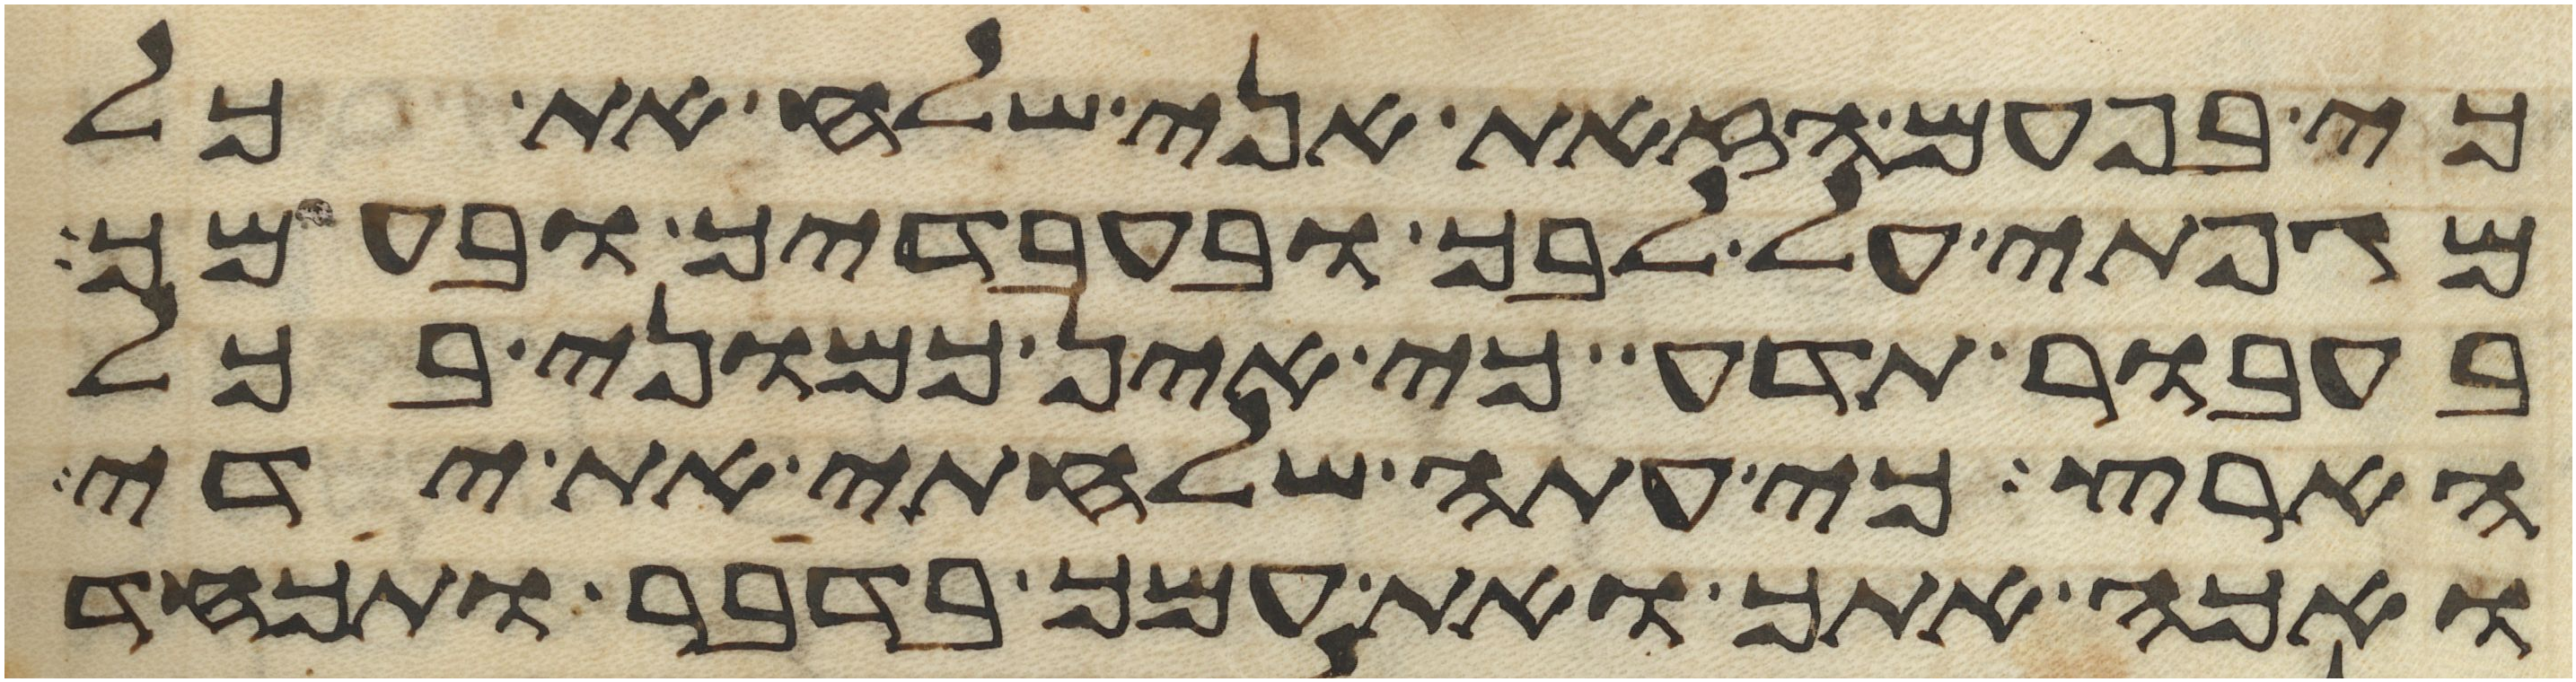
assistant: כי בפעם הזאת אני שלח את כל
מגפתי על לבך ובעבדיך ובעמך
בעבור תדע כי אין כמוני בכל
הארץ כי עתה שלחתי את ידי
ואכה אתך ואת עמך בדבר ותכחד